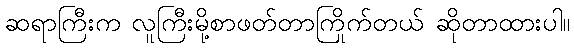
ဆရာကြီးက လူကြီးမို့စာဖတ်တာကြိုက်တယ် ဆိုတာထားပါ။